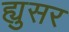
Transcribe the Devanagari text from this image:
ह्युसर